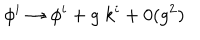
LaTeX: \phi ^ { i } \rightarrow \phi ^ { i } + g \; k ^ { i } + 0 ( g ^ { 2 } )